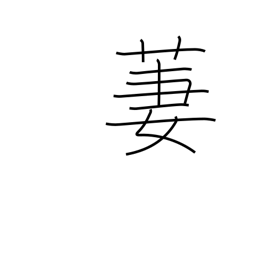
Meaning: beautiful